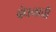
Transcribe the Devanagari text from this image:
बंधनाची